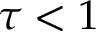
\tau < 1